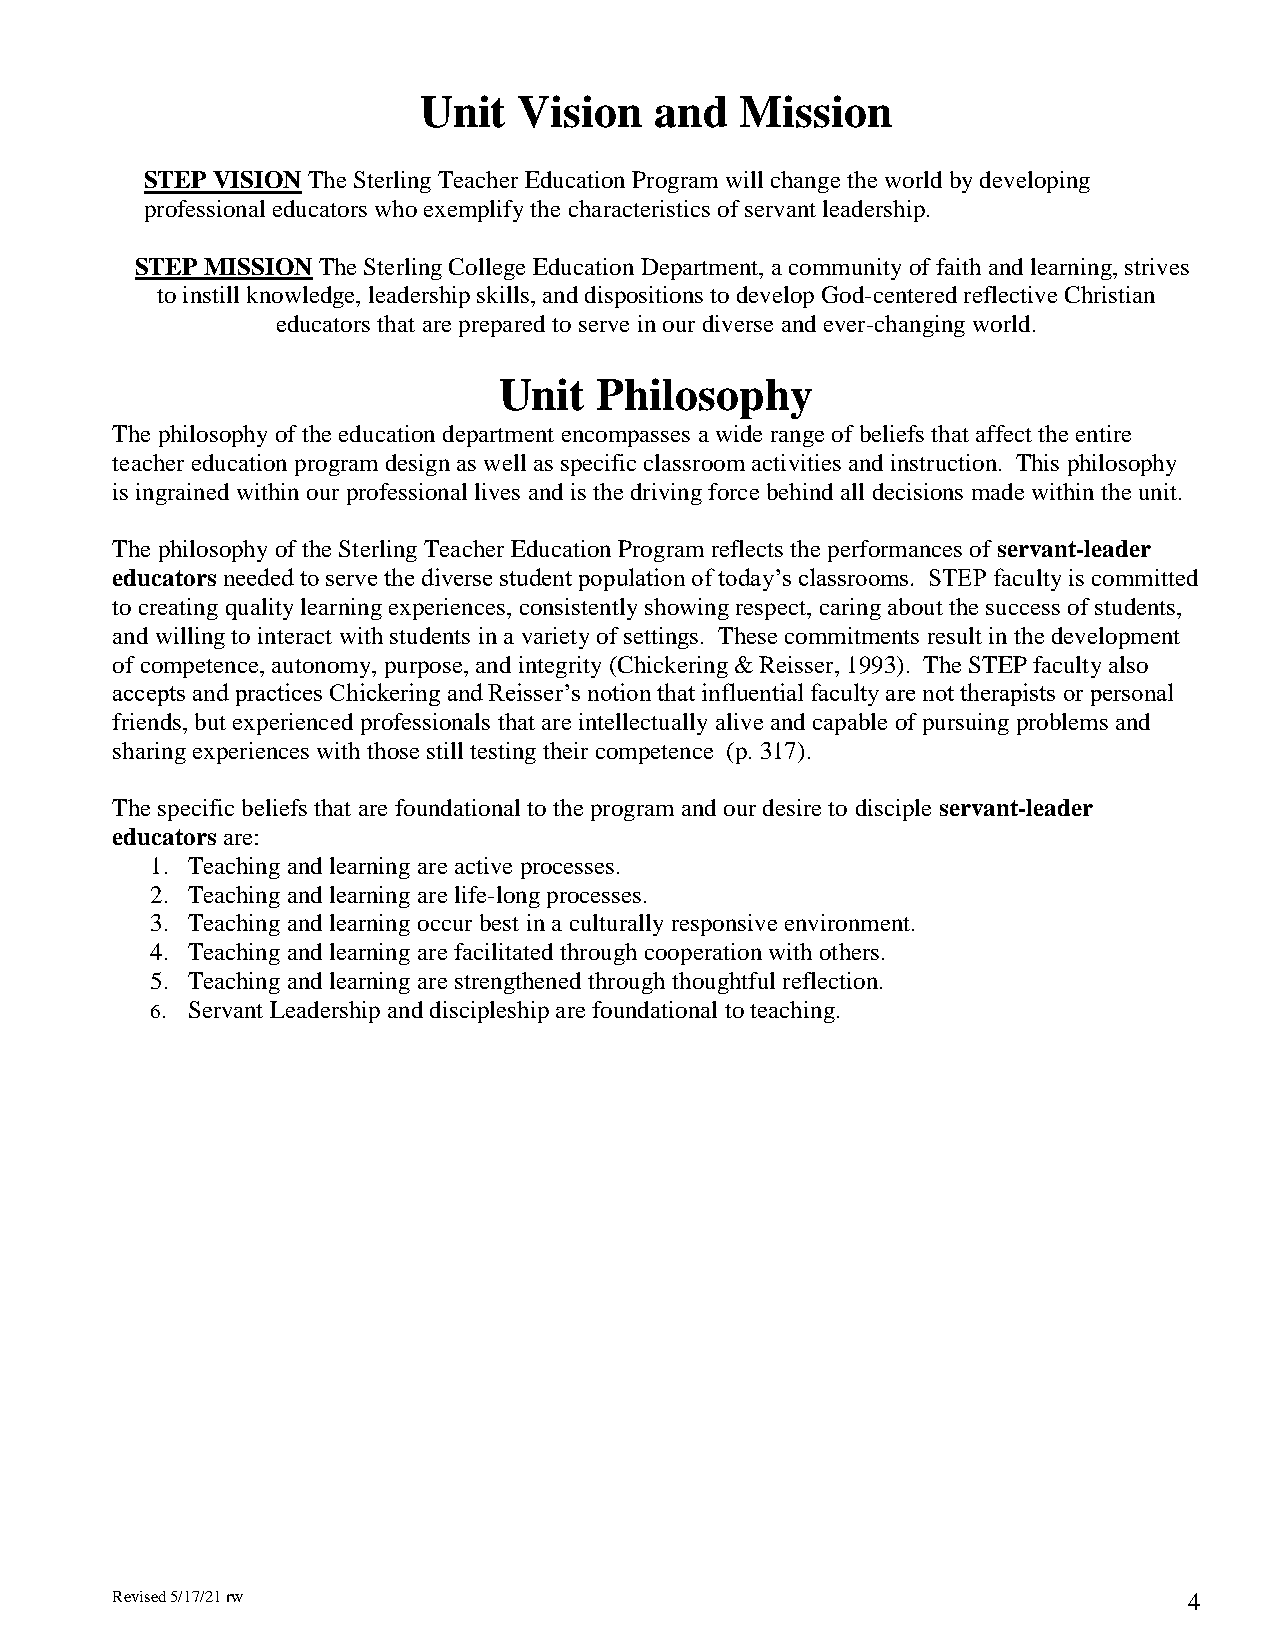
Unit  Vision   and   Mission
 STEP VISION The Sterling Teacher Education Program will change the world by developing
 professional educators who exemplify the characteristics of servant leadership.
 STEP MISSION The Sterling College Education Department, a community of faith and learning, strives
 to instill knowledge, leadership skills, and dispositions to develop God-centered reflective Christian
 educators that are prepared to serve in our diverse and ever-changing world.
 Unit   Philosophy
 The philosophy of the education department encompasses a wide range of beliefs that affect the entire
 teacher education program design as well as specific classroom activities and instruction. This philosophy
 is ingrained within our professional lives and is the driving force behind all decisions made within the unit.
 The philosophy of the Sterling Teacher Education Program reflects the performances of servant-leader
 educators needed to serve the diverse student population of today’s classrooms. STEP faculty is committed
 to creating quality learning experiences, consistently showing respect, caring about the success of students,
 and willing to interact with students in a variety of settings. These commitments result in the development
 of competence, autonomy, purpose, and integrity (Chickering & Reisser, 1993). The STEP faculty also
 accepts and practices Chickering and Reisser’s notion that influential faculty are not therapists or personal
 friends, but experienced professionals that are intellectually alive and capable of pursuing problems and
 sharing experiences with those still testing their competence (p. 317).
 The specific beliefs that are foundational to the program and our desire to disciple servant-leader
 educators are:
 1. Teaching and learning are active processes.
 2. Teaching and learning are life-long processes.
 3. Teaching and learning occur best in a culturally responsive environment.
 4. Teaching and learning are facilitated through cooperation with others.
 5. Teaching and learning are strengthened through thoughtful reflection.
 6. Servant Leadership and discipleship are foundational to teaching.
 Revised 5/17/21 rw                                                      4